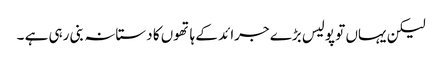
لیکن یہاں تو پولیس بڑے جرائد کے ہاتھوں کا دستانہ بنی رہی ہے ۔